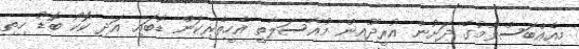
މިއެއްބަސްވުމުގެ ދަށުން އުރީދޫއިން މުއާސަލާތީ އެހީތެރިކަން ޑުބައި އަދި ކޮކޯ ބޮޑު ހިތި